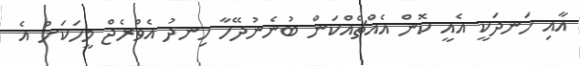
އާއި ހަނދަކީ އެއީ ކޮން އެއްޗެއްކަން ބުނެނުދޭހާ ހިނދު އެވްރެޖް މީހަކަށް އެ